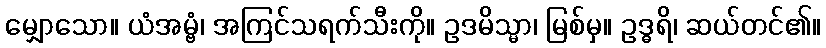
မျှောသော။ ယံအမ္ဗံ၊ အကြင်သရက်သီးကို။ ဥဒမိသ္မာ၊ မြစ်မှ။ ဥဒ္ဓရိ၊ ဆယ်တင်၏။